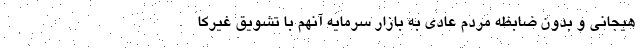
هیجانی و بدون ضابظه مردم عادی به بازار سرمایه آنهم با تشویق غیرکا